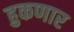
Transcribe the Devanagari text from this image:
हुकणार